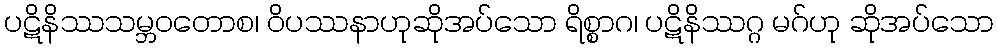
ပဋိနိဿသမ္ဘဝတောစ၊ ဝိပဿနာဟုဆိုအပ်သော ရိစ္စာဂ၊ ပဋိနိဿဂ္ဂ မဂ်ဟု ဆိုအပ်သော